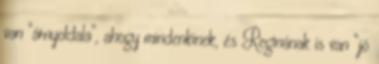
van “árnyoldala”, ahogy mindenkinek, és Reginának is van “jó